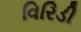
વિરિડી